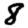
Digit: 8